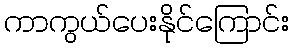
ကာကွယ်ပေးနိုင်ကြောင်း